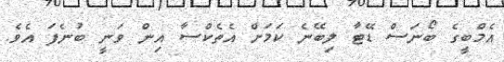
އެމްބީގެ ބޯނަސް ޑޭޓާ ލިބޭނެ ކަމަށް އެތެކްސާ އިން ވަނީ ބުނެފަ އެވެ.